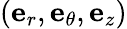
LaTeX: ({\mathbf e}_{r},{\mathbf e}_{\theta},{\mathbf e}_{z})